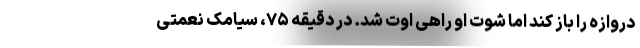
دروازه را باز کند اما شوت او راهی اوت شد. در دقیقه ۷۵، سیامک نعمتی